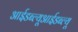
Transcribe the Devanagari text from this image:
आईडब्ल्यूआईडब्ल्यू